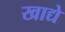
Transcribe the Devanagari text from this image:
खाद्ये